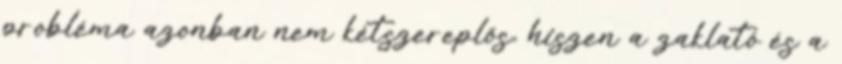
probléma azonban nem kétszereplős, hiszen a zaklató és a